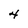
Character: 4